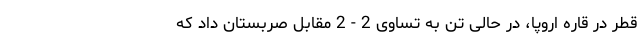
قطر در قاره اروپا، در حالی تن به تساوی 2 - 2 مقابل صربستان داد که